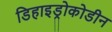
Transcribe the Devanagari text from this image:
डिहाइड्रोकोडीन